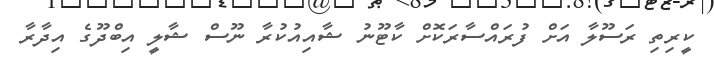
ކީރިތި ރަސޫލާ އަށް ފުރައްސާރަކޮށް ކާޓޫނު ޝާއިއުކުރާ ނޫސް ޝާލީ އިބްދޫގެ އިދާރާ